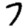
Digit: 7